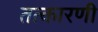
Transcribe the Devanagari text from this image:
तत्कारणी